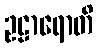
ဥဠာရောတိ